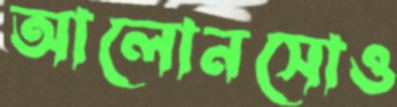
আলোনসোও